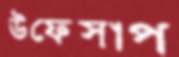
উফেসাপ